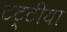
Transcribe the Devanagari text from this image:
टट्टीया